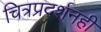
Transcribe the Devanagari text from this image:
चित्रप्रदर्शनही